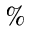
\%